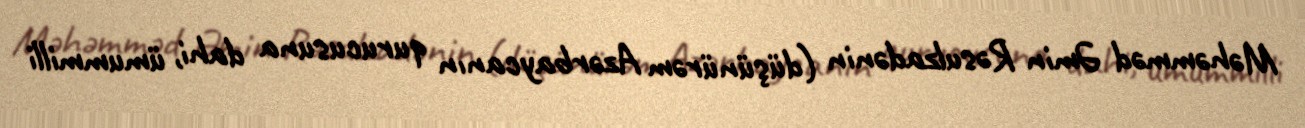
Məhəmməd Əmin Rəsulzadənin (düşünürəm Azərbaycanın qurucusuna dahi, ümummilli